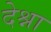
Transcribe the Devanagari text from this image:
देश्ना